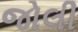
જોલી